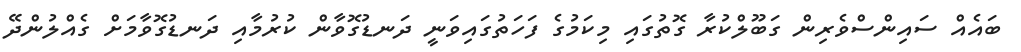
ބައެއް ސައިންސްވެރިން ގަބޫލްކުރާ ގޮތުގައި މިކަމުގެ ފަހަތުގައިވަނީ ދަނޑުގޮވާން ކުރުމާއި ދަނޑުގޮވާމަށް ގެއްލުންދޭ